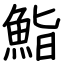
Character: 鮨